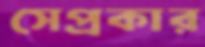
সেপ্রকার